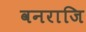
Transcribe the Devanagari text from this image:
वनराजि